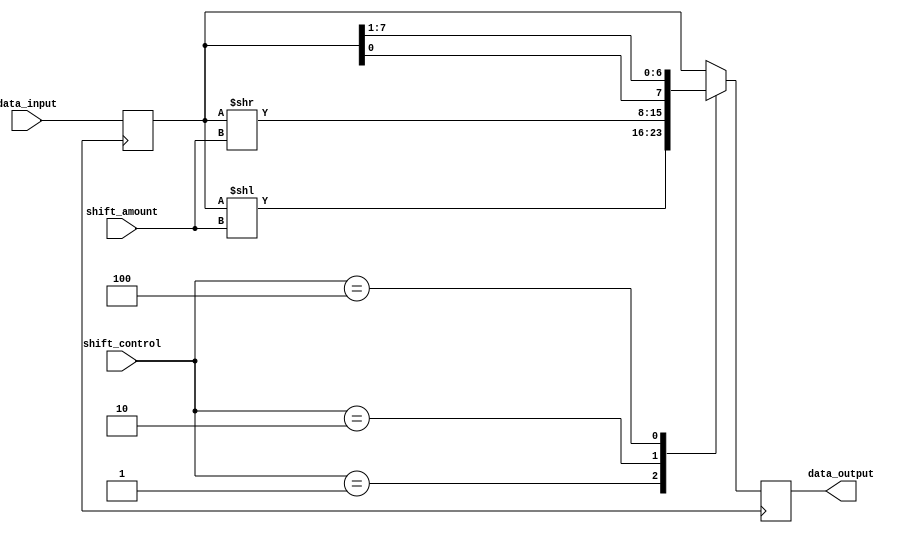
module Barrel_Shifter(
    input [7:0] data_input,
    input [2:0] shift_amount,
    input [2:0] shift_control,
    output reg [7:0] data_output
);

reg [7:0] data_reg;

always @(posedge clk) begin
    data_reg <= data_input;
    
    case(shift_control)
        3'b000: data_output <= data_reg; // no shift
        3'b001: data_output <= data_reg << shift_amount; // left shift
        3'b010: data_output <= data_reg >> shift_amount; // right shift
        3'b011: data_output <= {data_reg[7], data_reg[6:0]}; // rotate left
        3'b100: data_output <= {data_reg[0], data_reg[7:1]}; // rotate right
        default: data_output <= data_reg; // default to no shift
    endcase
end

endmodule